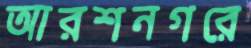
আরশনগরে